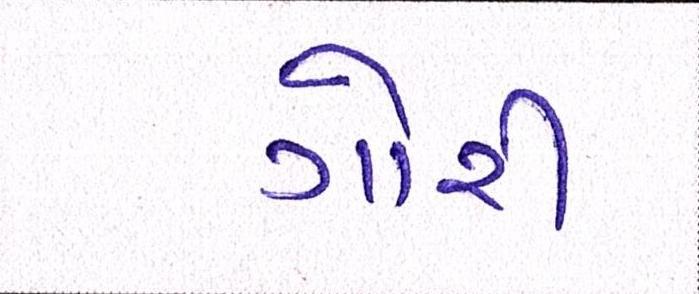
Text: ગોરી